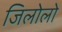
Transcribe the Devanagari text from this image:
जिलोलो